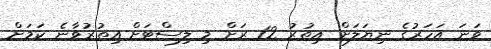
ވަނަ އަހަރުގެ ނިޔަލަށް އިތުރު 12 ރަށް މި ލިސްޓަށް އިތުރުވާނެ ކަމަށް